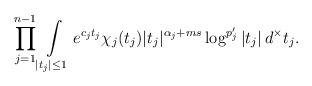
LaTeX: \begin{align*}\prod_{j=1}^{n-1}\int \limits _{|t_j|\leq 1}e^{c_j t_j}\chi_j(t_j)|t_j|^{\alpha_j+ms}\log^{p'_{j}}\left|t_{j}\right|d^\times t_j.\end{align*}